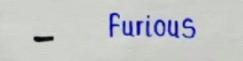
-       Furious